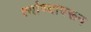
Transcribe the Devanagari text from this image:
त्यांच्यावरून